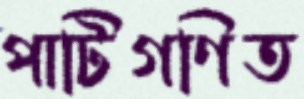
পাটিগণিত